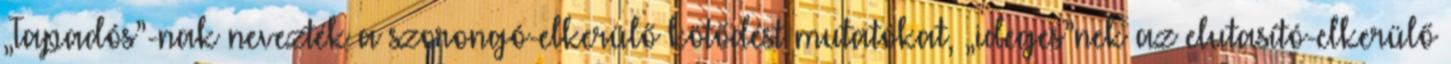
„Tapadós”-nak nevezték a szorongó-elkerülő kötődést mutatókat, „ideges”nek az elutasító-elkerülő